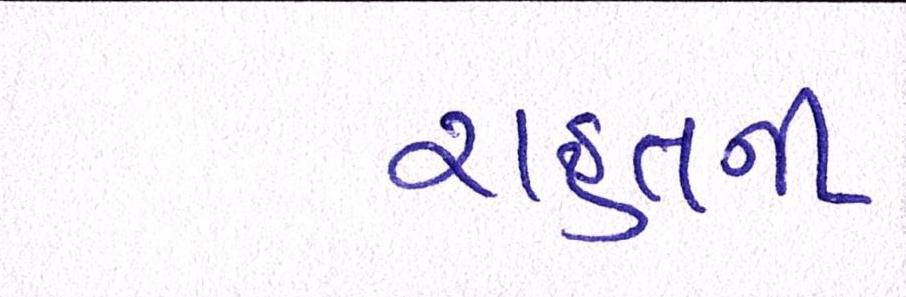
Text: રાહતની